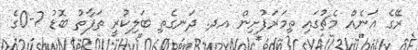
ރޭގެ އަނެއް މެޗުގައި ތިމަރަފުށިން އދ. ދަނގެތި ބަލިކުރީ ތަފާތު ބޮޑު 7-0ގެ